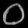
Digit: ၀